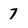
Character: 7